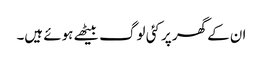
ان کے گھر پر کئی لوگ بیٹھے ہوئے ہیں۔